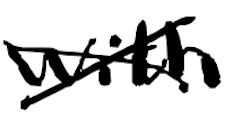
Text: with
Cross-out: cross
Writing tool: digital_black